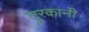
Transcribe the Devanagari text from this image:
तुरकानी